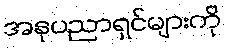
အနုပညာရှင်များကို